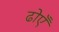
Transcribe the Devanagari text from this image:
ढोएँ